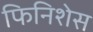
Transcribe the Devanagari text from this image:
फिनिशेस